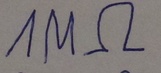
Text: 1MΩ